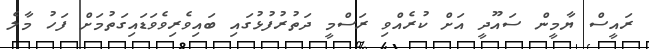
ރައީސް ޔާމީން ސައޫދީ އަށް ކުރެއްވި ރަސްމީ ދަތުރުފުޅުގައި ބައިވެރިވެވަޑައިގަތުމަށް ފަހު މާލެ